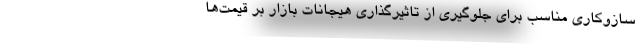
سازوکاری مناسب برای جلوگیری از تاثیر‌گذاری هیجانات بازار بر قیمت‌ها